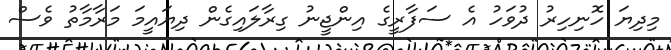
މިދިޔަ ހޮނިހިރު ދުވަހު އެ ސަފާރީގެ އިންޖީނު ގިރާލައިގެން ދިޔައީމަ މަރާމާތު ވެސް